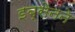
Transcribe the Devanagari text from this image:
इब्सेनने